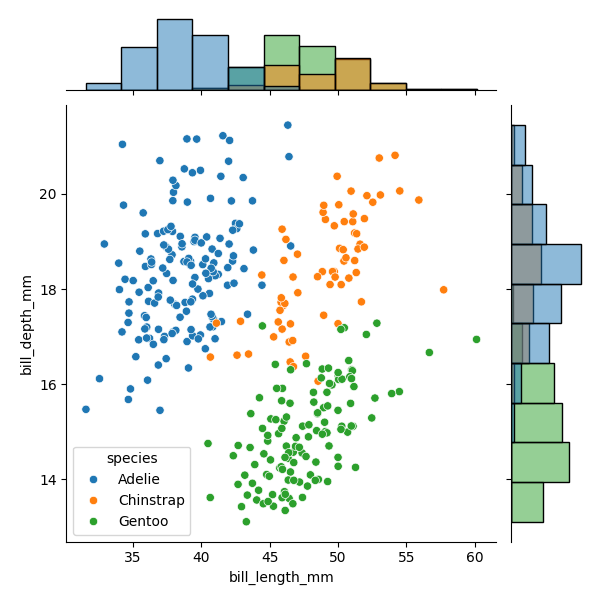
python, seaborn, JointGrid, scatterplot, histplot, hue